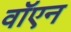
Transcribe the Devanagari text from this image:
वॉएन